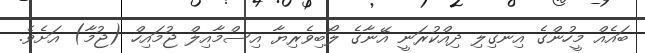
ބައެއް މީހުންގެ އިނގިލި ދިއްކުރަނީ އޭނާގެ ލޯބިވެރިޔާ އިސްމާއިލް ޖުމައިހް (ޖުމާ) އަށެވެ.